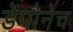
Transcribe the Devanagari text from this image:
डेपोनेच